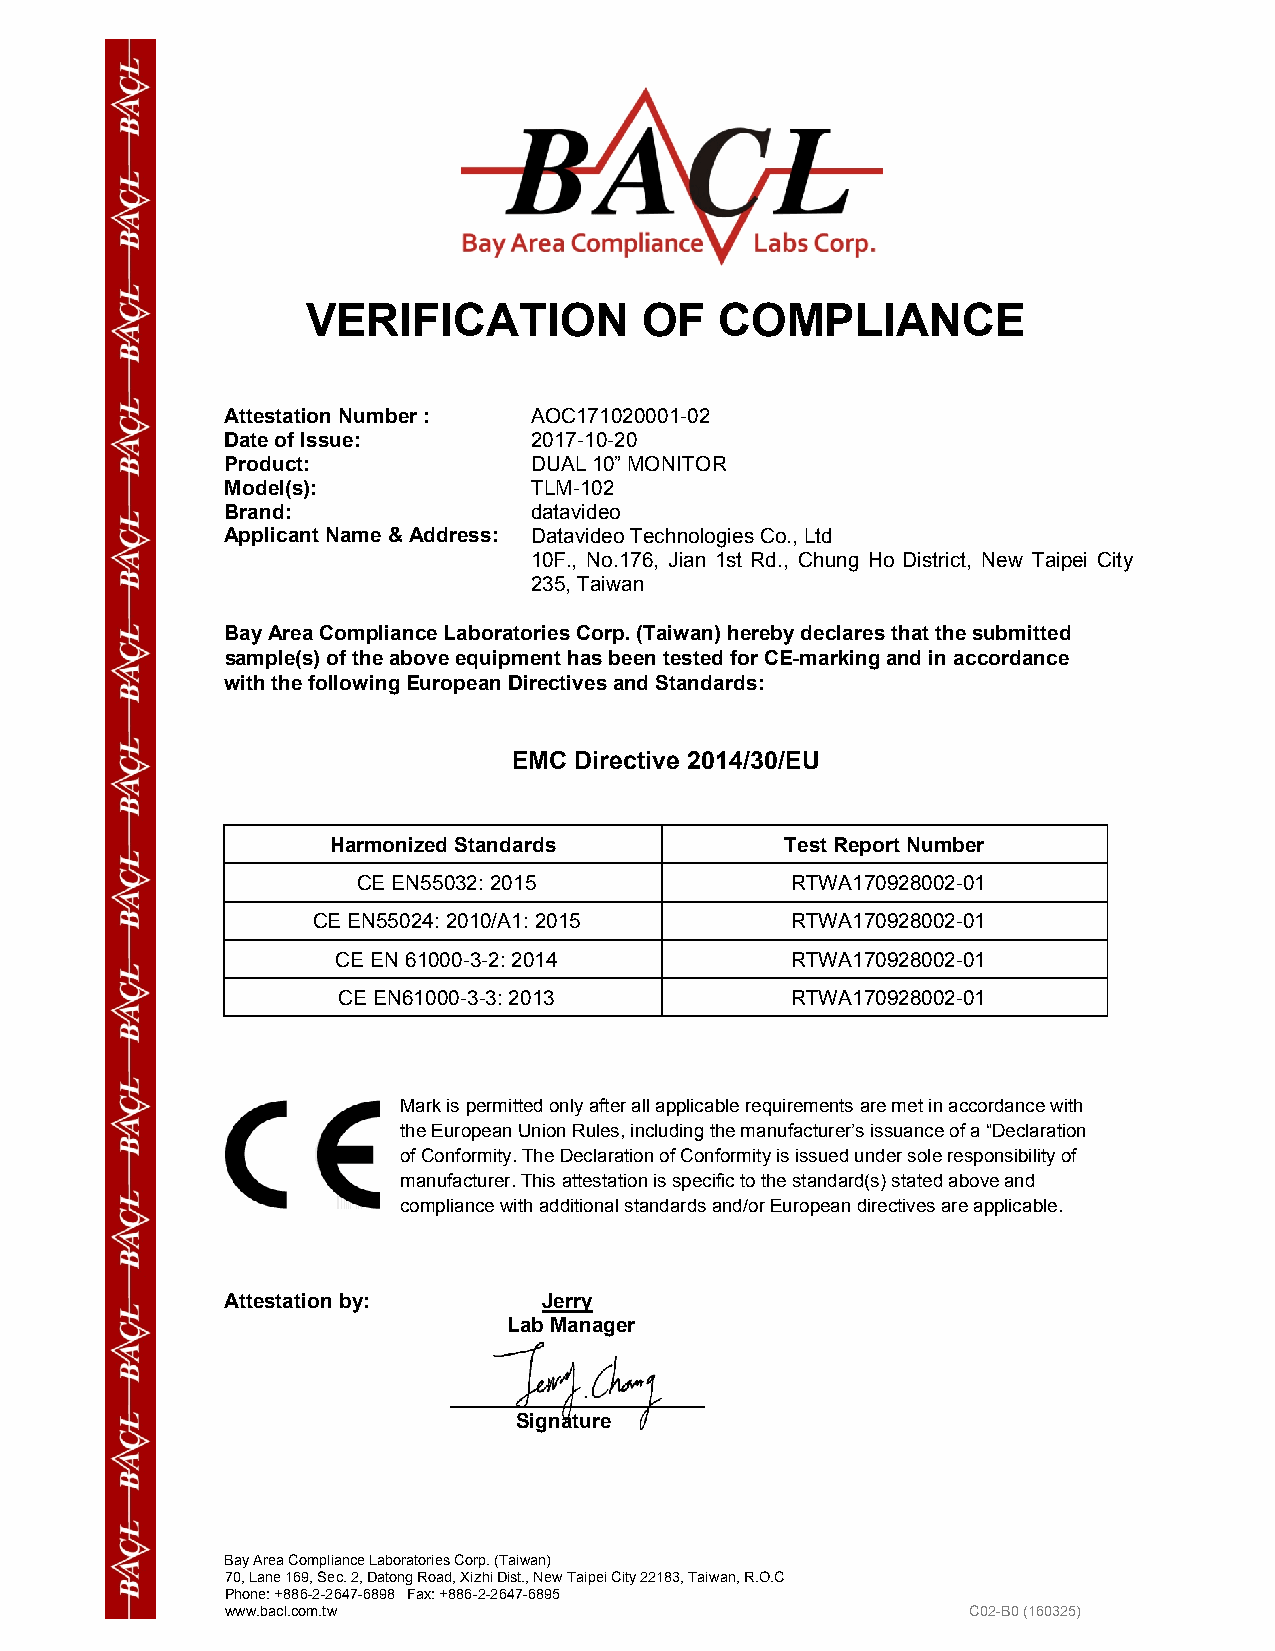
VERIFICATION          OF    COMPLIANCE
 Attestation Number : AOC171020001-02
 Date of Issue:      2017-10-20
 Product:            DUAL 10” MONITOR
 Model(s):           TLM-102
 Brand:              datavideo
 Applicant Name & Address: Datavideo Technologies Co., Ltd
 10F., No.176, Jian 1st Rd., Chung Ho District, New Taipei City
 235, Taiwan
 Bay Area Compliance Laboratories Corp. (Taiwan) hereby declares that the submitted
 sample(s) of the above equipment has been tested for CE-marking and in accordance
 with the following European Directives and Standards:
 EMC Directive 2014/30/EU
 Harmonized Standards          Test Report Number
 CE EN55032: 2015            RTWA170928002-01
 CE EN55024: 2010/A1: 2015      RTWA170928002-01
 CE EN 61000-3-2: 2014         RTWA170928002-01
 CE EN61000-3-3: 2013          RTWA170928002-01
 Mark is permitted only after all applicable requirements are met in accordance with
 the European Union Rules, including the manufacturer’s issuance of a “Declaration
 of Conformity. The Declaration of Conformity is issued under sole responsibility of
 manufacturer. This attestation is specific to the standard(s) stated above and
 compliance with additional standards and/or European directives are applicable.
 Attestation by:      Jerry
 Lab Manager
 ______________________
 Signature
 Bay Area Compliance Laboratories Corp. (Taiwan)
 70, Lane 169, Sec. 2, Datong Road, Xizhi Dist., New Taipei City 22183, Taiwan, R.O.C
 Phone: +886-2-2647-6898 Fax: +886-2-2647-6895
 www.bacl.com.tw                                  C02-B0 (160325)